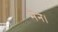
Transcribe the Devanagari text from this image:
मेन।